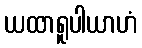
ယထာရူပါယာဟံ